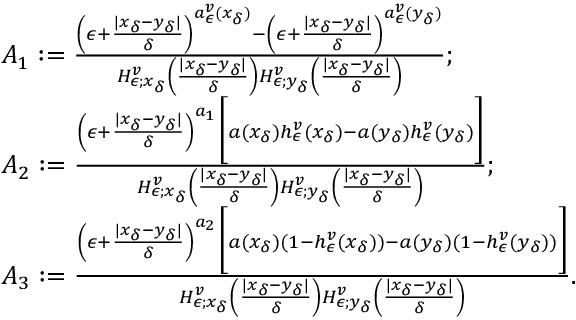
\begin{array} { r l } & { A _ { 1 } : = \frac { \left( \epsilon + \frac { | x _ { \delta } - y _ { \delta } | } { \delta } \right) ^ { a _ { \epsilon } ^ { v } ( x _ { \delta } ) } - \left( \epsilon + \frac { | x _ { \delta } - y _ { \delta } | } { \delta } \right) ^ { a _ { \epsilon } ^ { v } ( y _ { \delta } ) } } { H _ { \epsilon ; x _ { \delta } } ^ { v } \left( \frac { | x _ { \delta } - y _ { \delta } | } { \delta } \right) H _ { \epsilon ; y _ { \delta } } ^ { v } \left( \frac { | x _ { \delta } - y _ { \delta } | } { \delta } \right) } ; } \\ & { A _ { 2 } : = \frac { \left( \epsilon + \frac { | x _ { \delta } - y _ { \delta } | } { \delta } \right) ^ { a _ { 1 } } \bigg [ a ( x _ { \delta } ) h _ { \epsilon } ^ { v } ( x _ { \delta } ) - a ( y _ { \delta } ) h _ { \epsilon } ^ { v } ( y _ { \delta } ) \bigg ] } { H _ { \epsilon ; x _ { \delta } } ^ { v } \left( \frac { | x _ { \delta } - y _ { \delta } | } { \delta } \right) H _ { \epsilon ; y _ { \delta } } ^ { v } \left( \frac { | x _ { \delta } - y _ { \delta } | } { \delta } \right) } ; } \\ & { A _ { 3 } : = \frac { \left( \epsilon + \frac { | x _ { \delta } - y _ { \delta } | } { \delta } \right) ^ { a _ { 2 } } \bigg [ a ( x _ { \delta } ) ( 1 - h _ { \epsilon } ^ { v } ( x _ { \delta } ) ) - a ( y _ { \delta } ) ( 1 - h _ { \epsilon } ^ { v } ( y _ { \delta } ) ) \bigg ] } { H _ { \epsilon ; x _ { \delta } } ^ { v } \left( \frac { | x _ { \delta } - y _ { \delta } | } { \delta } \right) H _ { \epsilon ; y _ { \delta } } ^ { v } \left( \frac { | x _ { \delta } - y _ { \delta } | } { \delta } \right) } . } \end{array}